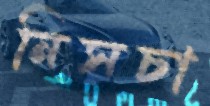
নিসচা